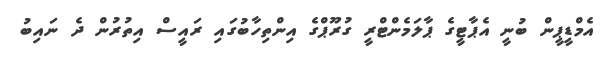
އެމްޑީޕީން ބުނީ އެޕާޓީގެ ޕާލަމެންޓްރީ ގުރޫޕްގެ އިންތިހާބުގައި ރައީސް އިތުރުން ދެ ނައިބު